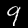
Label: 9